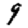
Digit: 9